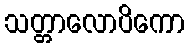
သတ္တာလောပိကော